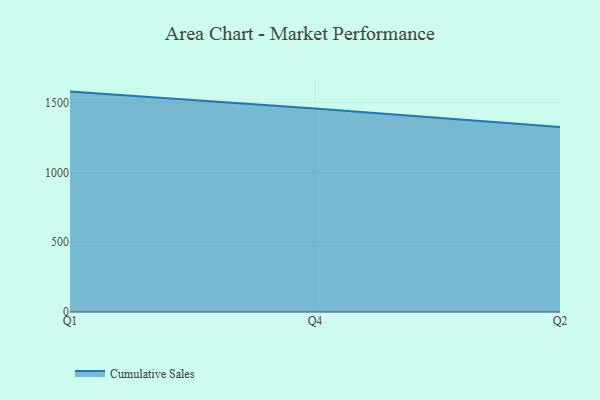
{"axis": {"x": "Quarter", "y": "Gross Profit (USD K)"}, "legend": ["Cumulative Sales"], "data": [{"x": "Q1", "y": 1579.3, "type": "Cumulative Sales"}, {"x": "Q4", "y": 1458.2, "type": "Cumulative Sales"}, {"x": "Q2", "y": 1326.5, "type": "Cumulative Sales"}]}